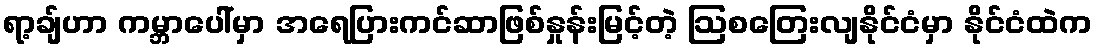
ရာ့ချ်ဟာ ကမ္ဘာပေါ်မှာ အရေပြားကင်ဆာဖြစ်နှုန်းမြင့်တဲ့ ဩစတြေးလျနိုင်ငံမှာ နိုင်ငံထဲက